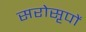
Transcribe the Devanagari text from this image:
सरोसृपों